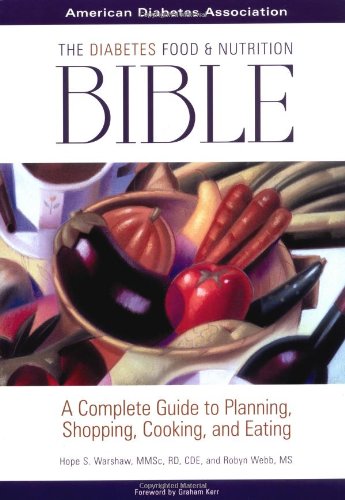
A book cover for The Diabetes Food and Nutrition Bible : A Complete Guide to Planning, Shopping, Cooking, and Eating; Hope S. Warshaw R.D.; Health, Fitness & Dieting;